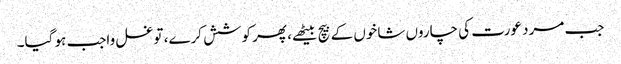
جب مرد عورت کی چاروں شاخوں کے بیچ بیٹھے، پھر کوشش کرے، تو غسل واجب ہو گیا۔